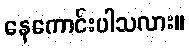
နေကောင်းပါသလား။